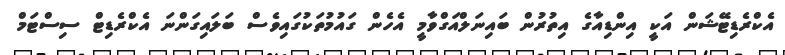
އެކްރެޑިޓޭޝަން އަކީ އިންޑިއާގެ އިތުރުން ބައިނަލްއަގްވާމީ އެހެން ގައުމުތަކުގައިވެސް ބަލައިގަންނަ އެކްރެޑިޓް ސިސްޓަމް